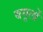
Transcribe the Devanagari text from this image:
बगूलों